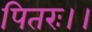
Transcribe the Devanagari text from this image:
पितरः।।